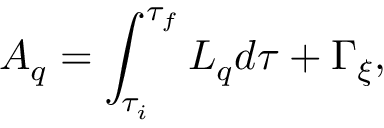
A _ { q } = \int _ { \tau _ { i } } ^ { \tau _ { f } } L _ { q } d \tau + \Gamma _ { \xi } ,